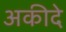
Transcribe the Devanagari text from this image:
अकीदे